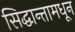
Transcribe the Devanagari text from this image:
सिद्धान्तामधून